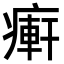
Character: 𤹖